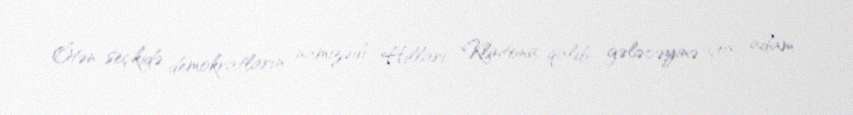
Ötən seçkidə demokratların namizədi Hillari Klintona qalib gələcəyinə çox adam